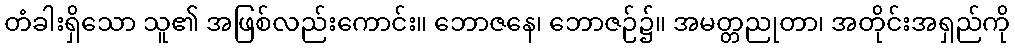
တံခါးရှိသော သူ၏ အဖြစ်လည်းကောင်း။ ဘောဇနေ၊ ဘောဇဉ်၌။ အမတ္တညုတာ၊ အတိုင်းအရှည်ကို